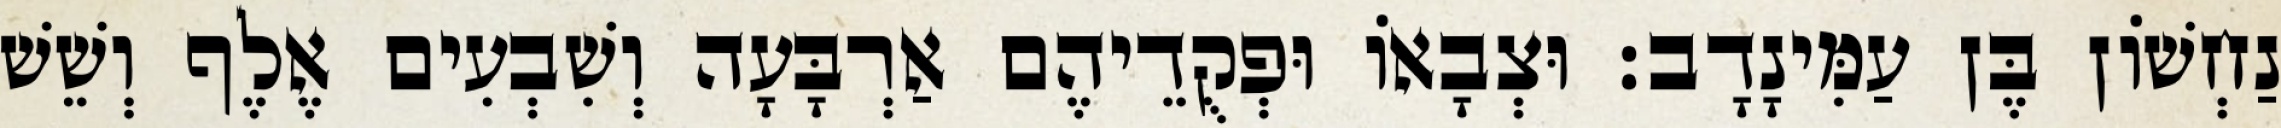
נַחְשׁוֹן בֶּן עַמִּינָדָב׃ וּצְבָאוֹ וּפְקֻדֵיהֶם אַרְבָּעָה וְשִׁבְעִים אֶלֶף וְשֵׁשׁ